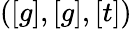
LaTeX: ([g],[g],[t])